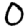
Digit: 0